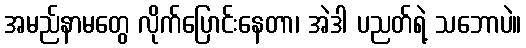
အမည်နာမတွေ လိုက်ပြောင်းနေတာ၊ အဲဒါ ပညတ်ရဲ့ သဘောပဲ။